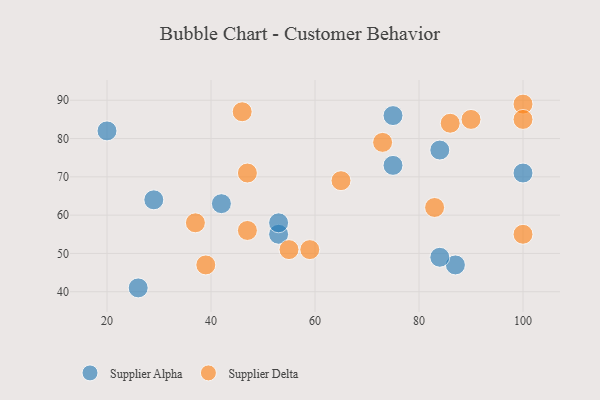
{"axis": {"x": "GDP", "y": "Life Expectancy"}, "legend": ["Supplier Alpha", "Supplier Delta"], "data": [{"x": "53", "y": 55, "type": "Supplier Alpha"}, {"x": "26", "y": 41, "type": "Supplier Alpha"}, {"x": "20", "y": 82, "type": "Supplier Alpha"}, {"x": "53", "y": 58, "type": "Supplier Alpha"}, {"x": "75", "y": 73, "type": "Supplier Alpha"}, {"x": "100", "y": 71, "type": "Supplier Alpha"}, {"x": "29", "y": 64, "type": "Supplier Alpha"}, {"x": "75", "y": 86, "type": "Supplier Alpha"}, {"x": "87", "y": 47, "type": "Supplier Alpha"}, {"x": "84", "y": 49, "type": "Supplier Alpha"}, {"x": "84", "y": 77, "type": "Supplier Alpha"}, {"x": "42", "y": 63, "type": "Supplier Alpha"}, {"x": "90", "y": 85, "type": "Supplier Delta"}, {"x": "65", "y": 69, "type": "Supplier Delta"}, {"x": "47", "y": 56, "type": "Supplier Delta"}, {"x": "59", "y": 51, "type": "Supplier Delta"}, {"x": "83", "y": 62, "type": "Supplier Delta"}, {"x": "100", "y": 89, "type": "Supplier Delta"}, {"x": "47", "y": 71, "type": "Supplier Delta"}, {"x": "37", "y": 58, "type": "Supplier Delta"}, {"x": "39", "y": 47, "type": "Supplier Delta"}, {"x": "100", "y": 85, "type": "Supplier Delta"}, {"x": "73", "y": 79, "type": "Supplier Delta"}, {"x": "100", "y": 55, "type": "Supplier Delta"}, {"x": "46", "y": 87, "type": "Supplier Delta"}, {"x": "55", "y": 51, "type": "Supplier Delta"}, {"x": "86", "y": 84, "type": "Supplier Delta"}]}